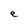
Character: e